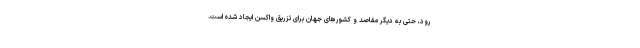
رود، حتی به دیگر مقاصد و کشورهای جهان برای تزریق واکسن ایجاد شده است.